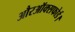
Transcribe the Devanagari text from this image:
औरऑक्सफोर्ड।